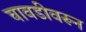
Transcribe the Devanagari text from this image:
चावडीवरून